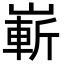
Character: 嶄